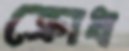
ক্রোধ